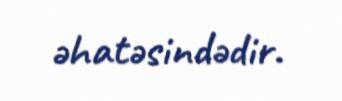
əhatəsindədir.